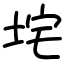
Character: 垞